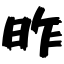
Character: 昨